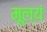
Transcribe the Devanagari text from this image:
मूल्यं